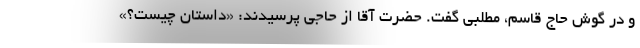
و در گوش حاج قاسم، مطلبی گفت. حضرت آقا از حاجی پرسیدند: «داستان چیست؟»